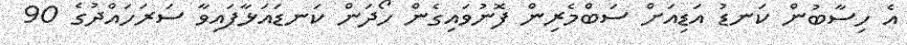
އެ ހިސާބުން ކަނޑު އަޑިއަށް ސަބްމެރިން ފޮނުވައިގެން ހޯދަން ކަނޑައަޅާފައިވާ ސަރަހައްދުގެ 90